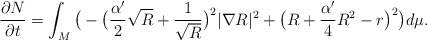
\begin{align*}\frac{\partial N}{\partial t}=\int_M \big(-\big(\frac{\alpha'}{2}\sqrt{R}+\frac{1}{\sqrt{R}}\big)^2|\nabla R|^2+\big(R+\frac{\alpha'}{4}R^2-r\big)^2\big)d\mu.\end{align*}